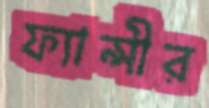
ফ্যান্সীর